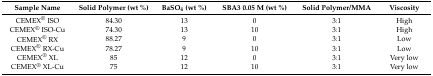
<table><thead><tr><td><b>Sample Name</b></td><td><b>Solid Polymer (wt %)</b></td><td><b>BaSO<sub>4</sub> (wt %)</b></td><td><b>SBA3 0.05 M (wt %)</b></td><td><b>Solid Polymer/MMA</b></td><td><b>Viscosity</b></td></tr></thead><tbody><tr><td>CEMEX<sup>®</sup> ISO</td><td>84.30</td><td>13</td><td>0</td><td>3:1</td><td>High</td></tr><tr><td>CEMEX<sup>®</sup> ISO-Cu</td><td>74.30</td><td>13</td><td>10</td><td>3:1</td><td>High</td></tr><tr><td>CEMEX<sup>®</sup> RX</td><td>88.27</td><td>9</td><td>0</td><td>3:1</td><td>Low</td></tr><tr><td>CEMEX<sup>®</sup> RX-Cu</td><td>78.27</td><td>9</td><td>10</td><td>3:1</td><td>Low</td></tr><tr><td>CEMEX<sup>®</sup> XL</td><td>85</td><td>12</td><td>0</td><td>3:1</td><td>Very low</td></tr><tr><td>CEMEX<sup>®</sup> XL-Cu</td><td>75</td><td>12</td><td>10</td><td>3:1</td><td>Very low</td></tr></tbody></table>